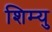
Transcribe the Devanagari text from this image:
शिम्यु